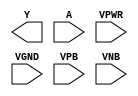
module sky130_fd_sc_ms__clkdlyinv3sd2 (
    Y   ,
    A   ,
    VPWR,
    VGND,
    VPB ,
    VNB
);

    output Y   ;
    input  A   ;
    input  VPWR;
    input  VGND;
    input  VPB ;
    input  VNB ;
endmodule